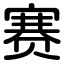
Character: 赛